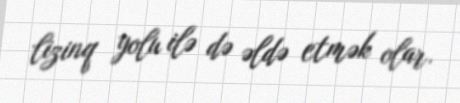
lizinq yolu ilə də əldə etmək olar.